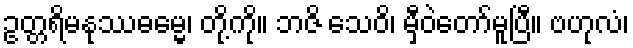
ဥတ္တရိမနုဿဓမ္မေ၊ တို့ကို။ ဘဇိ သေဝိ၊ မှီဝဲတော်မူပြီ။ ဗဟုလံ၊